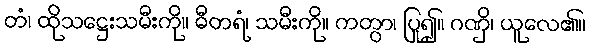
တံ၊ ထိုသဋ္ဌေးသမီးကို။ ဓီတရံ၊ သမီးကို။ ကတွာ၊ ပြု၍။ ဂဏှိ၊ ယူလေ၏။